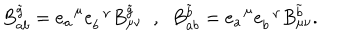
B _ { a b } ^ { \tilde { g } } = e _ { a } ^ { \; \; \mu } e _ { b } ^ { \; \; \nu } B _ { \mu \nu } ^ { \tilde { g } } \; \; , \; \; B _ { a b } ^ { \tilde { b } } = e _ { a } ^ { \; \; \mu } e _ { b } ^ { \; \; \nu } B _ { \mu \nu } ^ { \tilde { b } } .